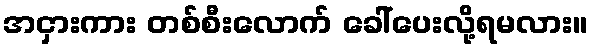
အငှားကား တစ်စီးလောက် ခေါ်ပေးလို့ရမလား။